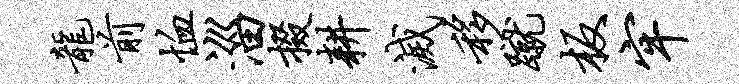
龙前恤淄掇耕灭移蹴板牢